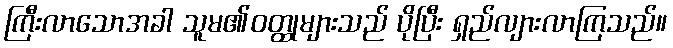
ကြီးလာသောအခါ သူမ၏ဝတ္ထုများသည် ပိုပြီး ရှည်လျားလာကြသည်။